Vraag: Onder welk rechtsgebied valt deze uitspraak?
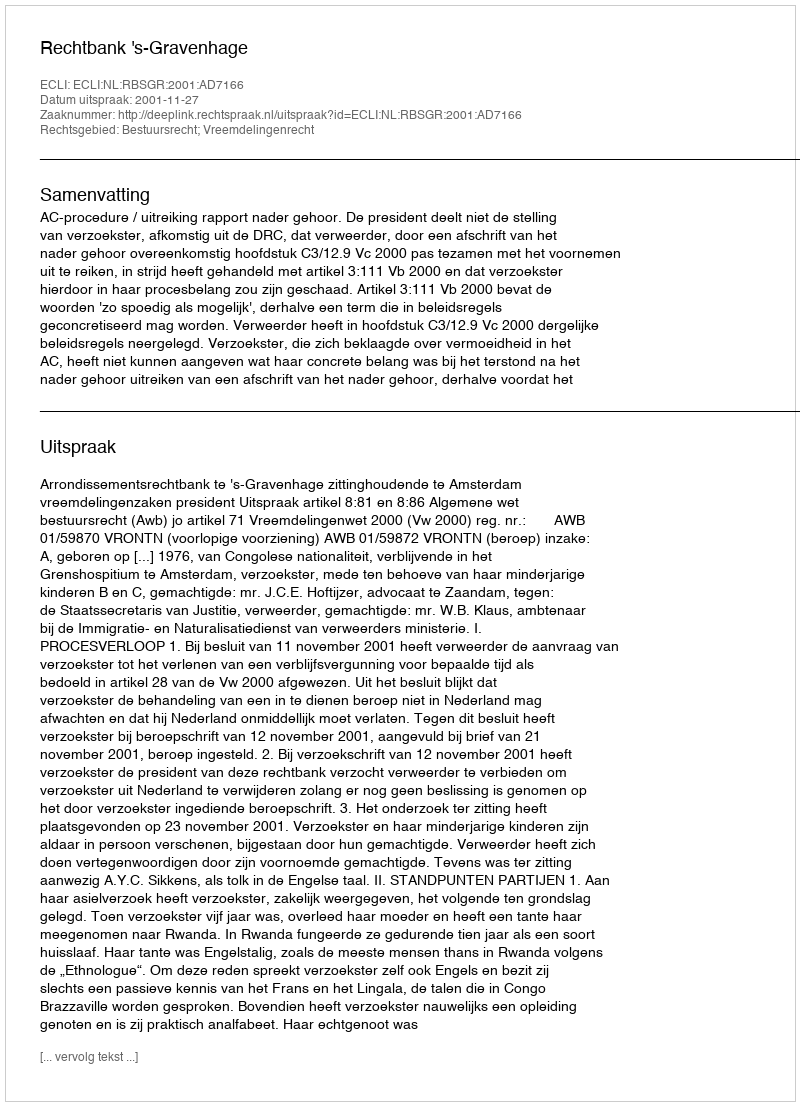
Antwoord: Bestuursrecht; Vreemdelingenrecht